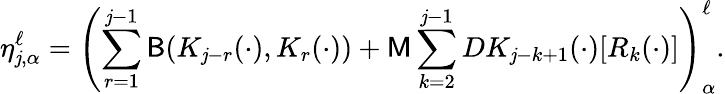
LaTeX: \eta_{\mathit{j},\alpha}^{\ell}=\left(\sum_{r=1}^{\mathit{j}-1}\mathsf{{B}}(K_{\mathit{j}-r}(\cdot),K_{r}(\cdot))+\mathsf{{M}}\sum_{k=2}^{\mathit{j}-1}DK_{\mathit{j}-k+1}(\cdot)[R_{k}(\cdot)]\right)_{\alpha}^{\ell}.